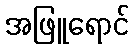
အဖြူရောင်